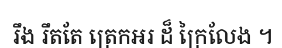
រឹង រឹតតែ ត្រេកអរ ដ៏ ក្រៃលែង ។